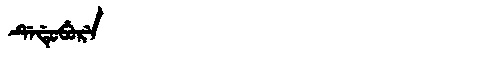
Manchu: ᡩᡝᡩᡠᠪᡠᡵᡝ
Romanization: DEDUBURE